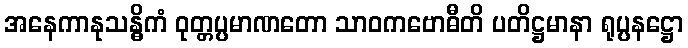
အနေကာနုသန္ဓိကံ ဝုတ္တပ္ပမာဏတော သာဝကဗောဓီတိ ပတိဋ္ဌမာနာ ရုပ္ပနဋ္ဌော